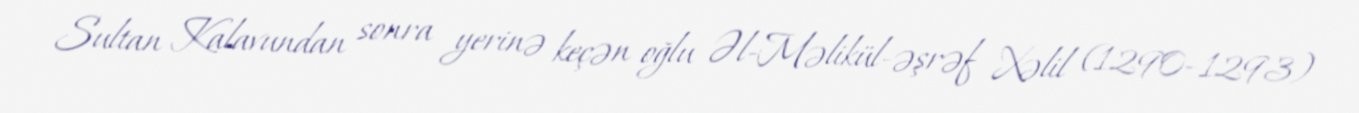
Sultan Kalavundan sonra yerinə keçən oğlu Əl-Məlikül-əşrəf Xəlil (1290–1293)